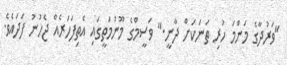
"ވަރުދާގެ މަންމަ ހުރި ތަނަކަށް ދާނީ." ވަސީމްގެ މޫނުމަތީގައި އެތިފަހަރެއް ޖެހުނު ފަދައެވެ.